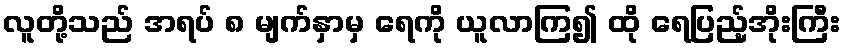
လူတို့သည် အရပ် ၈ မျက်နှာမှ ရေကို ယူလာကြ၍ ထို ရေပြည့်အိုးကြီး